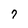
Character: 7